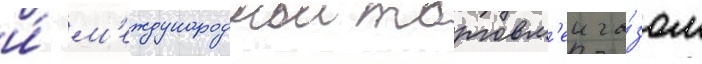
и́ м'еждународнои торговл'еи га́зом